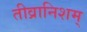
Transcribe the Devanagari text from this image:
तीव्रानिशम्‌